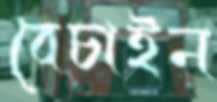
বেচাইন